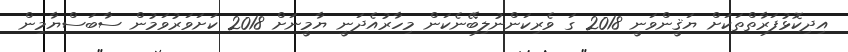
އިދިކޮޅުފަރާތްތަކަށް ޔަޤީންވަނީ 2018 ގަ ވެރިކަންނުލިބޭނެކަން މިހާރުއެދަނީ ޔާމީނަށް 2018 ކަށަވަރުވަމުން ސާބަސްޔާމިން